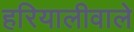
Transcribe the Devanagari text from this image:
हरियालीवाले